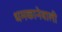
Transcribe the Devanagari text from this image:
धमकानेवाली